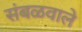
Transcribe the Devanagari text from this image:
संबळवाले